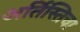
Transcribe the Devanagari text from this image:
अर्तिस्तिचा